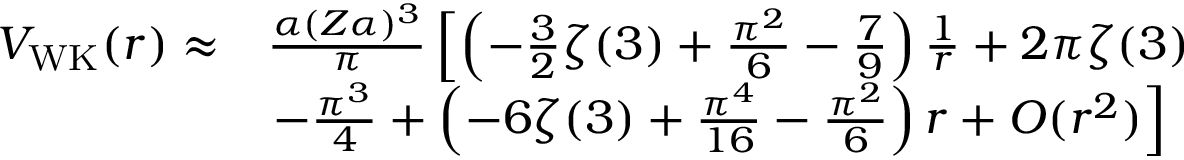
\begin{array} { r l } { V _ { \mathrm { W K } } ( r ) \approx } & { \frac { \alpha ( Z \alpha ) ^ { 3 } } { \pi } \left[ \left( - \frac { 3 } { 2 } \zeta ( 3 ) + \frac { \pi ^ { 2 } } { 6 } - \frac { 7 } { 9 } \right) \frac { 1 } { r } + 2 \pi \zeta ( 3 ) \right. } \\ & { \left. - \frac { \pi ^ { 3 } } { 4 } + \left( - 6 \zeta ( 3 ) + \frac { \pi ^ { 4 } } { 1 6 } - \frac { \pi ^ { 2 } } { 6 } \right) r + O ( r ^ { 2 } ) \right] } \end{array}